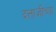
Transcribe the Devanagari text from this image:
दत्ताजीच्या